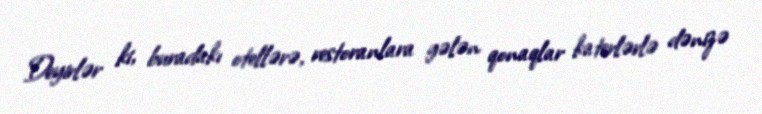
Deyirlər ki, buradakı otellərə, restoranlara gələn qonaqlar katerlərlə dənizə